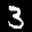
Label: 3